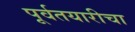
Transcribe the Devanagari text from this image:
पूर्वतयारीचा